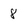
Character: 8